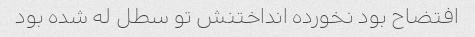
افتضاح بود نخورده انداختنش تو سطل له شده بود